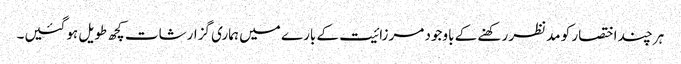
ہر چند اختصار کو مدنظر رکھنے کے باوجود مرزائیت کے بارے میں ہماری گزارشات کچھ طویل ہوگئیں۔